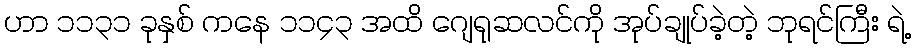
ဟာ ၁၁၃၁ ခုနှစ် ကနေ ၁၁၄၃ အထိ ဂျေရုဆလင်ကို အုပ်ချုပ်ခဲ့တဲ့ ဘုရင်ကြီး ရဲ့